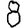
Digit: 8